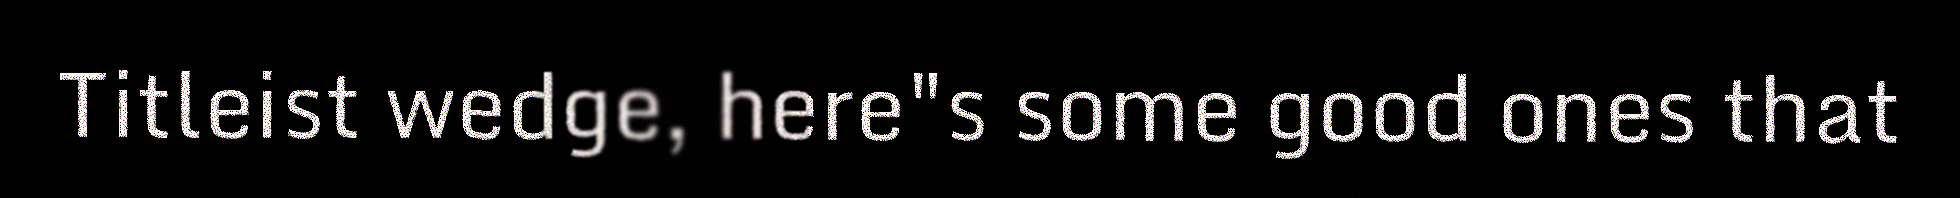
Titleist wedge, here"s some good ones that